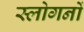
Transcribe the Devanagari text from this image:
स्लोगनों